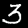
Label: 3